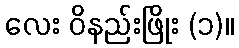
လေး ဝိနည်းဖြိုး (၁)။